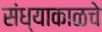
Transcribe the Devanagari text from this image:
संध्याकाळचे